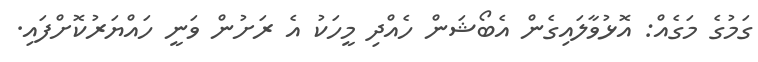
ގަމުގެ މަގެއް: އޮޅުވާލައިގެން އެބޯޝަން ހެއްދި މީހަކު އެ ރަށުން ވަނީ ހައްޔަރުކޮށްފައި.